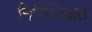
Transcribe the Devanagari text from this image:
निमिज्जित